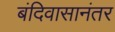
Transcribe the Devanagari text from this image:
बंदिवासानंतर